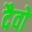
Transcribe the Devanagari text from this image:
दैवो